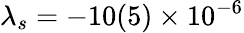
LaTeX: \lambda_{s}=-10(5)\times 10^{-6}